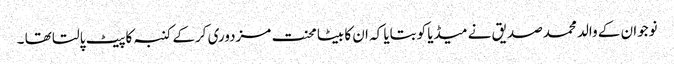
نوجوان کے والد محمدصدیق نے میڈیا کوبتایا کہ ان کا بیٹا محنت مزدوری کرکے کنبہ کاپیٹ پالتا تھا ۔